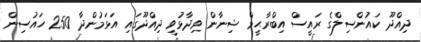
ދިއްދޫ ކައުންސިލްގެ ރައީސް އިބްރާޙީމް ޝިނާން ވިދާޅުވީ ދިއްދޫގައި އަޅަމުންދާ 250 ހައުސިން